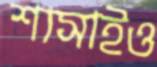
শাসাইও